Madras plague regulations and rules - Volume 1
Disease focus: Plague
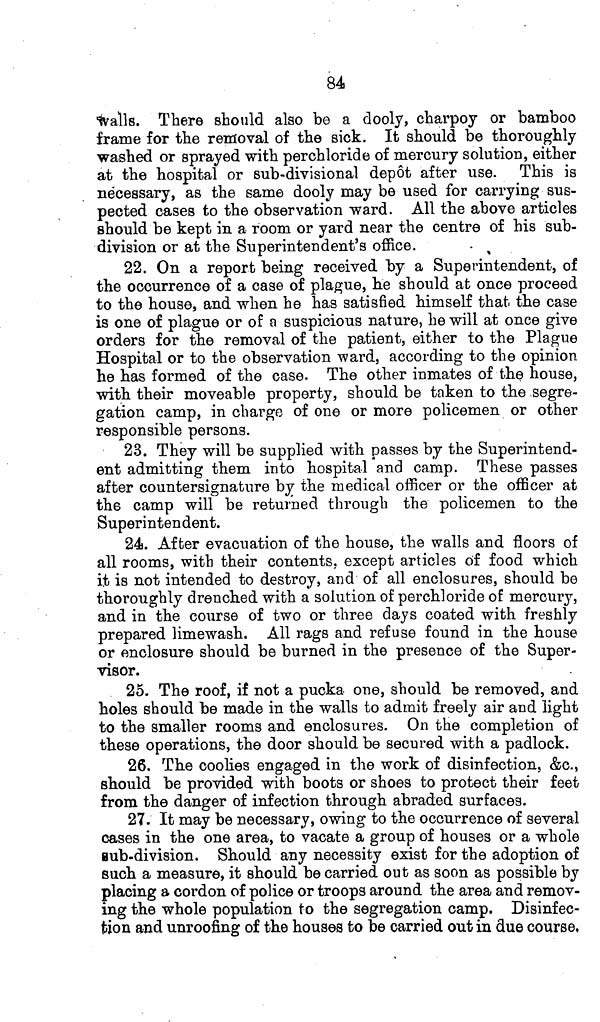
84
walls. There should also be a dooly, charpoy or bamboo
frame for the removal of the sick. It should be thoroughly
washed or sprayed with perchloride of mercury solution, either
at the hospital or sub-divisional depot after use. This is
necessary, as the same dooly may be used for carrying sus-
pected cases to the observation ward. All the above articles
should be kept in a room or yard near the centre of his sub-
division or at the Superintendent's office.
22. On a report being received by a Superintendent, of
the occurrence of a case of plague, he should at once proceed
to the house, and when he has satisfied himself that the case
is one of plague or of a suspicious nature, he will at once give
orders for the removal of the patient, either to the Plague
Hospital or to the observation ward, according to the opinion
he has formed of the case. The other inmates of the house,
with their moveable property, should be taken to the segre-
gation camp, in charge of one or more policemen or other
responsible persons.
23. They will be supplied with passes by the Superintend-
ent admitting them into hospital and camp. These passes
after countersignature by the medical officer or the officer at
the camp will be returned through the policemen to the
Superintendent.
24. After evacuation of the house, the walls and floors of
all rooms, with their contents, except articles of food which
it is not intended to destroy, and of all enclosures, should be
thoroughly drenched with a solution of perchloride of mercury,
and in the course of two or three days coated with freshly
prepared limewash. All rags and refuse found in the house
or enclosure should be burned in the presence of the Super-
visor,
25. The roof, if not a pucka one, should be removed, and
holes should be made in the walls to admit freely air and light
to the smaller rooms and enclosures. On the completion of
these operations, the door should be secured with a padlock.
26. The coolies engaged in the work of disinfection, &c.,
should be provided with boots or shoes to protect their feet
from the danger of infection through abraded surfaces.
27. It may be necessary, owing to the occurrence of several
cases in the one area, to vacate a group of houses or a whole
sub-division. Should any necessity exist for the adoption of
such a measure, it should be carried out as soon as possible by
placing a cordon of police or troops around the area and remov-
ing the whole population to the segregation camp. Disinfec-
tion and unroofing of the houses to be carried out in due course,